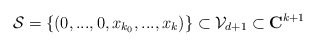
\begin{align*}{\cal S}=\left\{ \left( 0,...,0,x_{k_{0}},...,x_{k}\right) \right\} \subset{\cal V}_{d+1}\subset {\bf C}^{k+1} \end{align*}